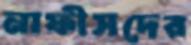
নাফীসদের